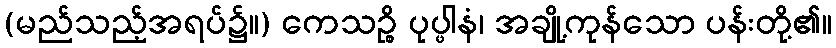
(မည်သည့်အရပ်၌။) ကေသဉ္စိ ပုပ္ဖါနံ၊ အချို့ကုန်သော ပန်းတို့၏။